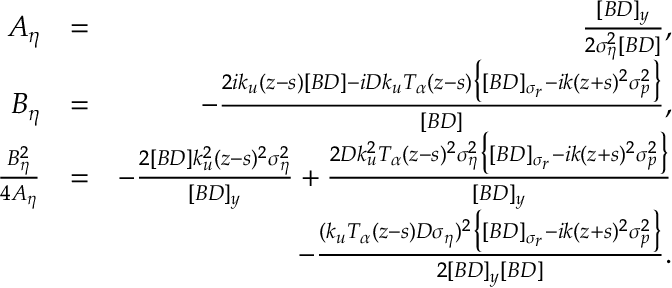
\begin{array} { r l r } { A _ { \eta } } & { = } & { \frac { [ B D ] _ { y } } { 2 \sigma _ { \eta } ^ { 2 } [ B D ] } , } \\ { B _ { \eta } } & { = } & { - \frac { 2 i k _ { u } ( z - s ) [ B D ] - i D k _ { u } T _ { \alpha } ( z - s ) \big \{ [ B D ] _ { \sigma _ { r } } - i k ( z + s ) ^ { 2 } \sigma _ { p } ^ { 2 } \big \} } { [ B D ] } , } \\ { \frac { B _ { \eta } ^ { 2 } } { 4 A _ { \eta } } } & { = } & { - \frac { 2 [ B D ] k _ { u } ^ { 2 } ( z - s ) ^ { 2 } \sigma _ { \eta } ^ { 2 } } { [ B D ] _ { y } } + \frac { 2 D k _ { u } ^ { 2 } T _ { \alpha } ( z - s ) ^ { 2 } \sigma _ { \eta } ^ { 2 } \big \{ [ B D ] _ { \sigma _ { r } } - i k ( z + s ) ^ { 2 } \sigma _ { p } ^ { 2 } \big \} } { [ B D ] _ { y } } } \\ & { } & { \quad - \frac { ( k _ { u } T _ { \alpha } ( z - s ) D \sigma _ { \eta } ) ^ { 2 } \big \{ [ B D ] _ { \sigma _ { r } } - i k ( z + s ) ^ { 2 } \sigma _ { p } ^ { 2 } \big \} } { 2 [ B D ] _ { y } [ B D ] } . } \end{array}